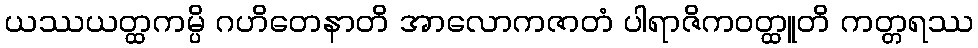
ယဿယတ္ထကမ္ပိ ဂဟိတေနာတိ အာလောကဇာတံ ပါရာဇိကဝတ္ထူတိ ကတ္တရဿ